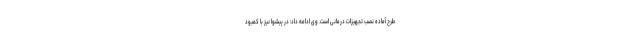
طرح آماده نصب تجهیزات درمانی است. وی ادامه داد: در پیشوا نیز با کمبود